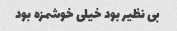
بی نظیر بود خیلی خوشمزه بود